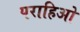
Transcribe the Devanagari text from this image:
पराहिओ